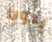
يدويا